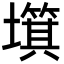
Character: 𡒬